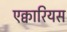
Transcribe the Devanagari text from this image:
एक्वारियस